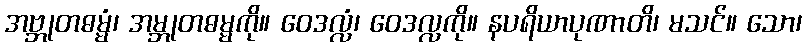
အဗ္ဘုတဓမ္မံ၊ အမ္ဘုတဓမ္မကို။ ဝေဒလ္လံ၊ ဝေဒလ္လကို။ နပရိယာပုဏာတိ၊ မသင်။ သော၊